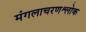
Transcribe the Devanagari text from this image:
मंगलाचरणश्लोक